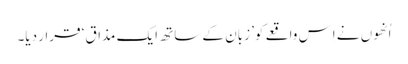
اُنھوں نے اِس واقعے کو’ زبان کے ساتھ ایک مذاق‘ قرار دیا۔